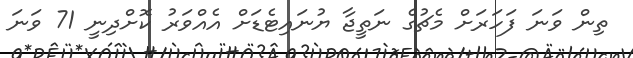
ތިން ވަނަ ފަހަރަށް މެޗުގެ ނަތީޖާ ޔުނައިޓެޑަށް އެއްވަރު ކޮށްދިނީ 71 ވަނަ